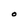
Character: O